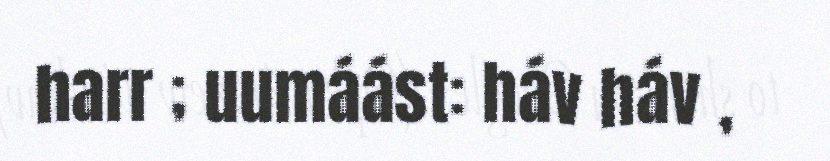
harr ; uumáást: háv háv ,